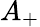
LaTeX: A_{+}